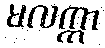
မလက္ကာ